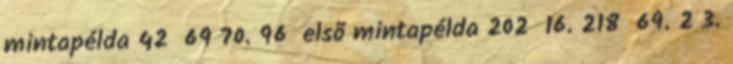
mintapélda 42 69 70. 96 elsõ mintapélda 202 16. 218 69. 2 3.